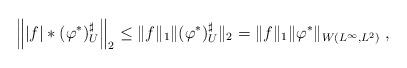
LaTeX: \begin{align*}\left\| | f | \ast(\varphi^{*})_{U}^{\sharp}\right\| _{2} \le\| f \|_{1} \|(\varphi^{*})_{U}^{\sharp}\|_{2} = \| f \|_{1} \|\varphi^{*} \|_{W(L^{\infty},L^{2})}~,\end{align*}